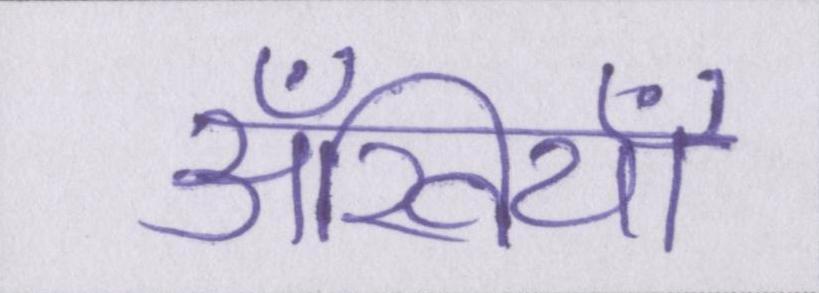
अँखियाँ